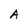
Character: A